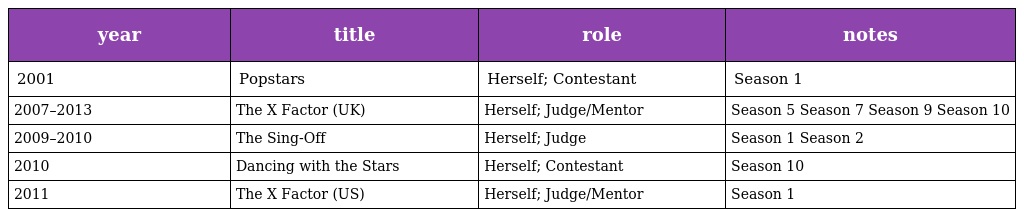
| year | title | role | notes |
 | --- | --- | --- | --- |
 | 2001 | Popstars | Herself; Contestant | Season 1 |
 | 2007–2013 | The X Factor (UK) | Herself; Judge/Mentor | Season 5 Season 7 Season 9 Season 10 |
 | 2009–2010 | The Sing-Off | Herself; Judge | Season 1 Season 2 |
 | 2010 | Dancing with the Stars | Herself; Contestant | Season 10 |
 | 2011 | The X Factor (US) | Herself; Judge/Mentor | Season 1 |